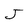
Character: J